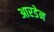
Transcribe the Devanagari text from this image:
आरडेन